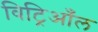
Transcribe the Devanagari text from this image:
विट्रिआँल